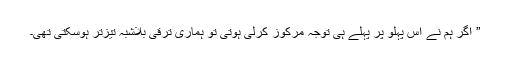
” اگر ہم نے اس پہلو پر پہلے ہی توجہ مرکوز کرلی ہوتی تو ہماری ترقی بلاشبہ تیزتر ہوسکتی تھی۔